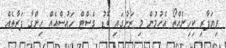
ވިޔަފާރި ކިހިނެއްތޯ އެހުމުން މި ރަށުގައި ބޮޑު ގެސްޓް ހައުސްއެއް ހިންގާ ފަރާތެއް